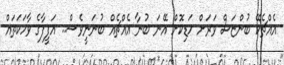
އެއްޗެކޭ ބުންޏަސް ވަރަށް ހަޑިކޮށް އޭނަ ބުނާ އެއްޗެއް ބުނަނީވެސް.. އަފީފާގެ ވާހަކަތައް